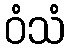
ဝံသံ